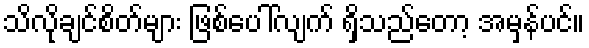
သိလိုချင်စိတ်များ ဖြစ်ပေါ်လျက် ရှိသည်တော့ အမှန်ပင်။